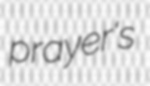
prayer's